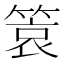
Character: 𬕞